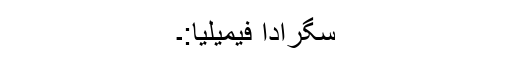
سگرادا فیمیلیا:۔